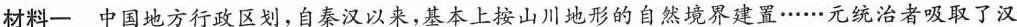
材料一中国地方行政区划，自秦汉以来，基本上按山川地形的自然境界建置……元统治者吸取了汉